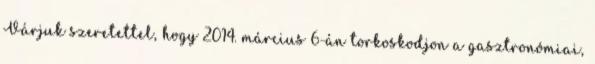
Várjuk szeretettel, hogy 2014. március 6-án torkoskodjon a gasztronómiai,